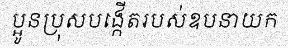
ប្អូនប្រុសបង្កើតរបស់ឧបនាយក